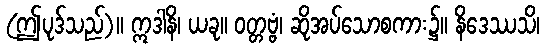
(ဤပုဒ်သည်)။ ဣဒါနိ၊ ယခု။ ဝတ္တဗ္ဗံ၊ ဆိုအပ်သောစကား၌။ နိဒေဿသိ၊